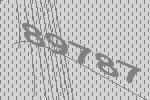
89787